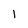
Character: l